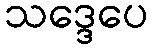
သဒ္ဒေပေ